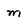
Character: m